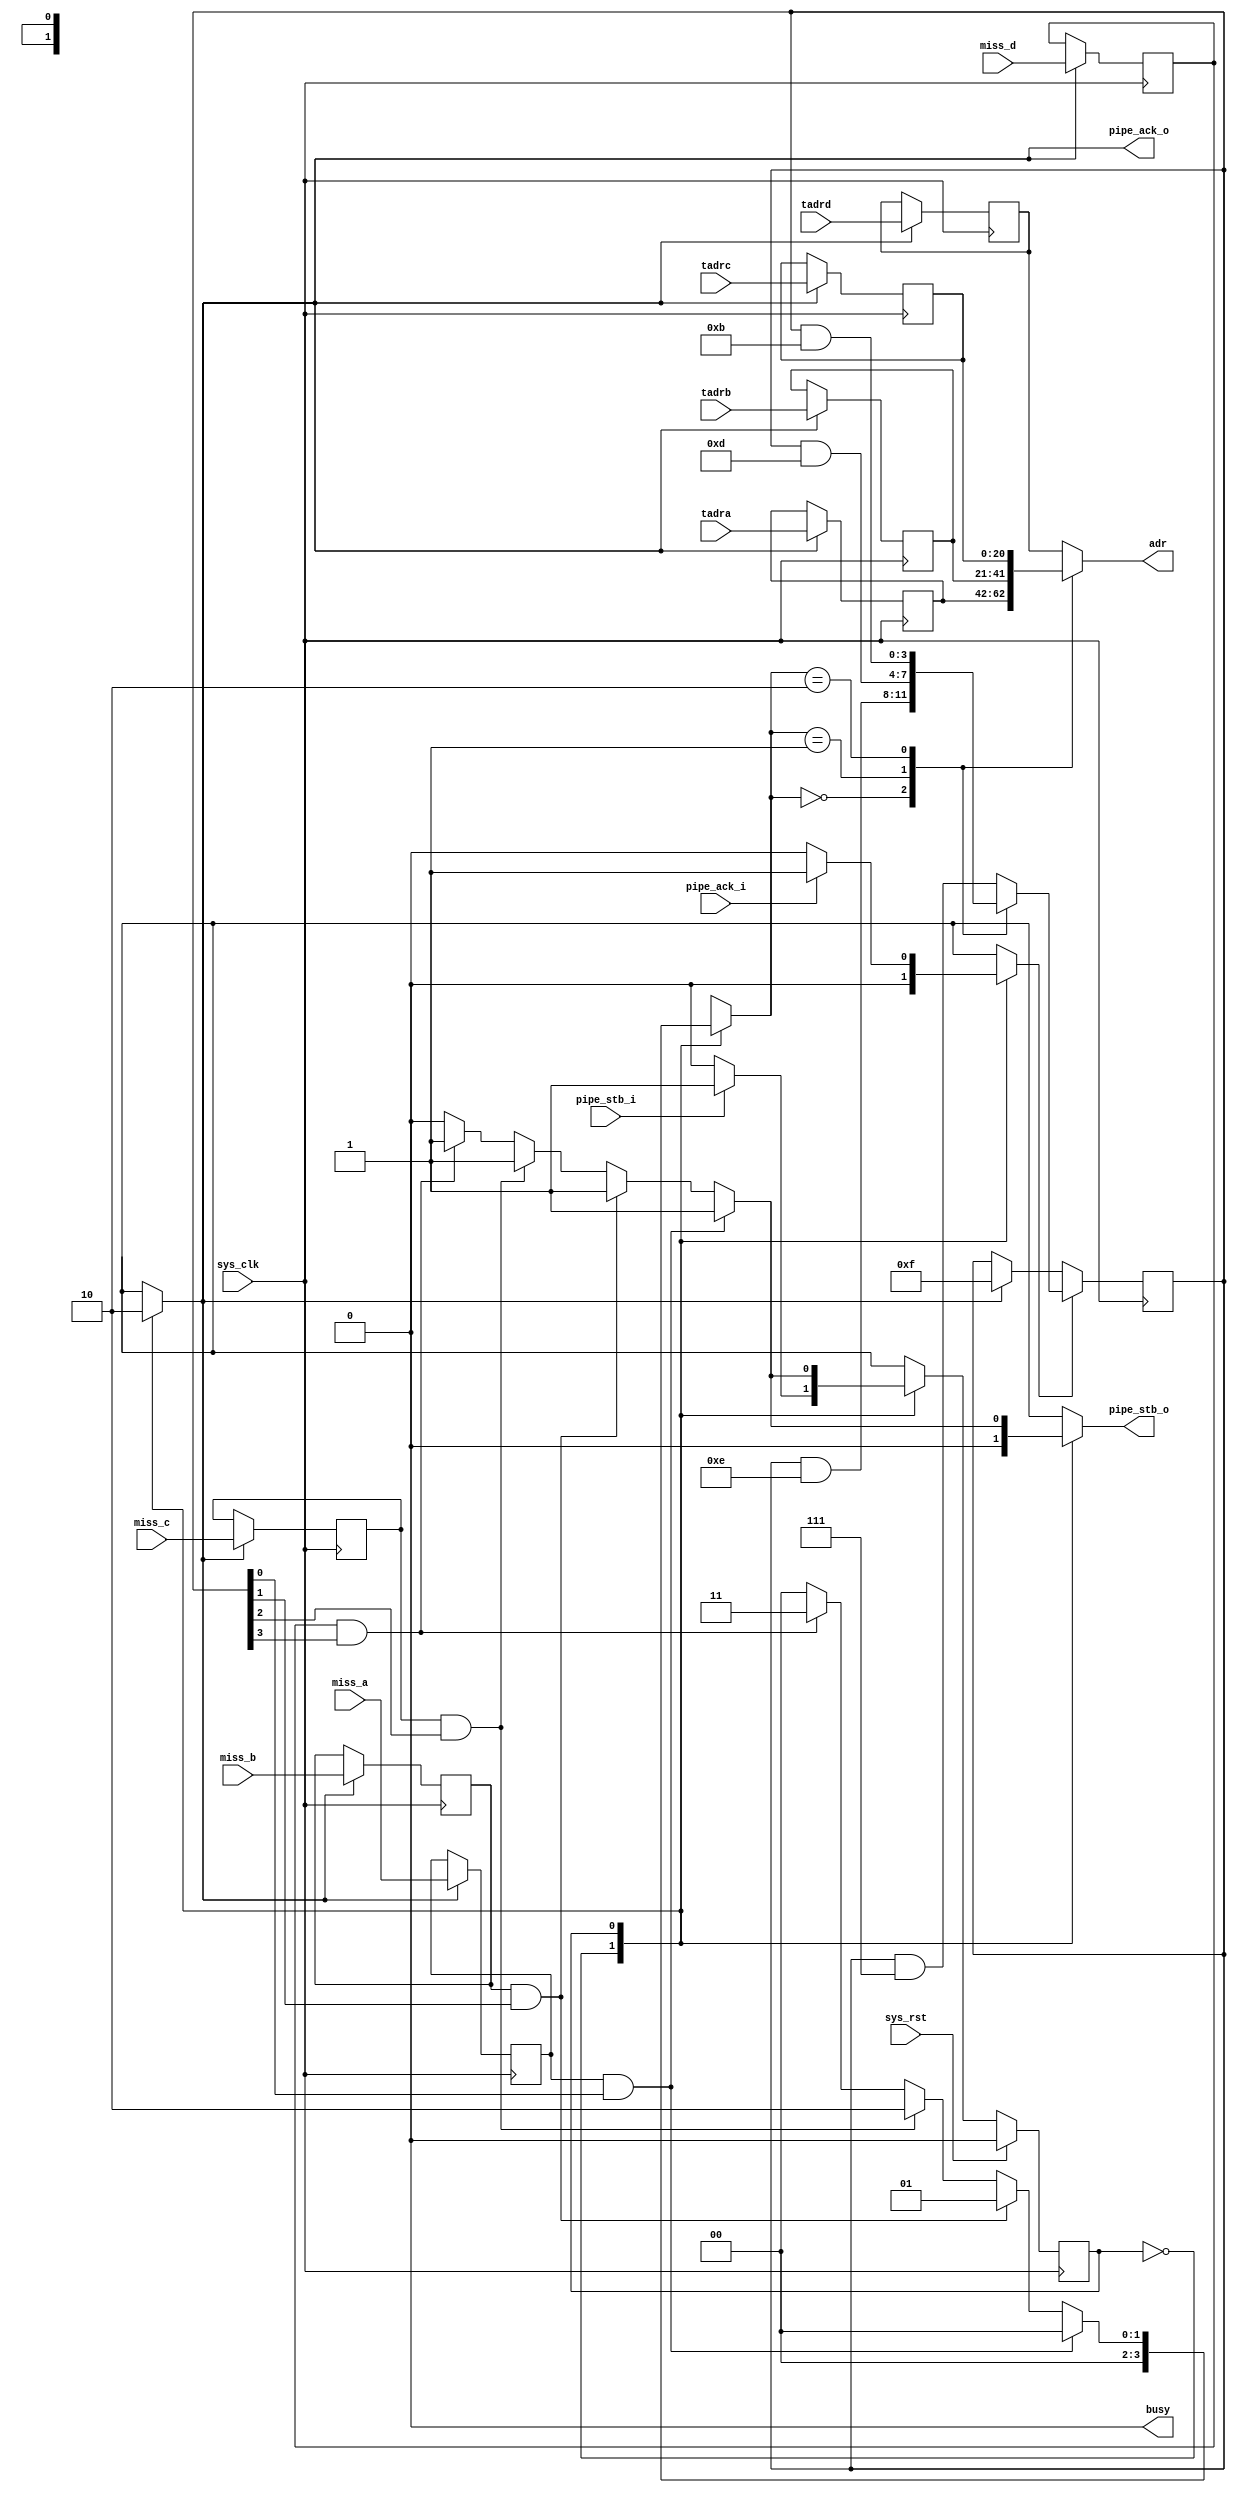
/*
 * Milkymist SoC
 * Copyright (C) 2007, 2008, 2009, 2010, 2011 Sebastien Bourdeauducq
 *
 * This program is free software: you can redistribute it and/or modify
 * it under the terms of the GNU General Public License as published by
 * the Free Software Foundation, version 3 of the License.
 *
 * This program is distributed in the hope that it will be useful,
 * but WITHOUT ANY WARRANTY; without even the implied warranty of
 * MERCHANTABILITY or FITNESS FOR A PARTICULAR PURPOSE.  See the
 * GNU General Public License for more details.
 *
 * You should have received a copy of the GNU General Public License
 * along with this program.  If not, see <http://www.gnu.org/licenses/>.
 */

module tmu2_serialize #(
	parameter fml_depth = 26
) (
	input sys_clk,
	input sys_rst,

	output reg busy,

	input pipe_stb_i,
	output reg pipe_ack_o,
	input [fml_depth-5-1:0] tadra,
	input [fml_depth-5-1:0] tadrb,
	input [fml_depth-5-1:0] tadrc,
	input [fml_depth-5-1:0] tadrd,
	input miss_a,
	input miss_b,
	input miss_c,
	input miss_d,
	
	output reg pipe_stb_o,
	input pipe_ack_i,
	output reg [fml_depth-5-1:0] adr
);

/* Input registers */
reg load_en;

reg [fml_depth-5-1:0] r_tadra;
reg [fml_depth-5-1:0] r_tadrb;
reg [fml_depth-5-1:0] r_tadrc;
reg [fml_depth-5-1:0] r_tadrd;
reg r_miss_a;
reg r_miss_b;
reg r_miss_c;
reg r_miss_d;

always @(posedge sys_clk) begin
	if(load_en) begin
		r_tadra <= tadra;
		r_tadrb <= tadrb;
		r_tadrc <= tadrc;
		r_tadrd <= tadrd;
		r_miss_a <= miss_a;
		r_miss_b <= miss_b;
		r_miss_c <= miss_c;
		r_miss_d <= miss_d;
	end
end

/* Output multiplexer */
reg [1:0] adr_sel;

always @(*) begin
	case(adr_sel)
		2'd0: adr = r_tadra;
		2'd1: adr = r_tadrb;
		2'd2: adr = r_tadrc;
		default: adr = r_tadrd;
	endcase
end

/* Miss mask */
reg [3:0] missmask;

reg missmask_init;
reg missmask_we;

always @(posedge sys_clk) begin
	if(missmask_init)
		missmask <= 4'b1111;
	if(missmask_we) begin
		case(adr_sel)
			2'd0: missmask <= missmask & 4'b1110;
			2'd1: missmask <= missmask & 4'b1101;
			2'd2: missmask <= missmask & 4'b1011;
			default: missmask <= missmask & 4'b0111;
		endcase
	end
end

/* Control logic */
reg state;
reg next_state;

parameter LOAD		= 1'b0;
parameter SERIALIZE	= 1'b1;

always @(posedge sys_clk) begin
	if(sys_rst)
		state <= LOAD;
	else
		state <= next_state;
end

always @(*) begin
	next_state = state;
	
	busy = 1'b0;
	pipe_ack_o = 1'b0;
	pipe_stb_o = 1'b0;
	
	load_en = 1'b0;
	adr_sel = 2'd0;
	missmask_init = 1'b0;
	missmask_we = 1'b0;
	
	case(state)
		LOAD: begin
			pipe_ack_o = 1'b1;
			load_en = 1'b1;
			missmask_init = 1'b1;
			if(pipe_stb_i)
				next_state = SERIALIZE;
		end
		SERIALIZE: begin
			pipe_stb_o = 1'b1;
			missmask_we = 1'b1;
			if(r_miss_a & missmask[0])
				adr_sel = 2'd0;
			else if(r_miss_b & missmask[1])
				adr_sel = 2'd1;
			else if(r_miss_c & missmask[2])
				adr_sel = 2'd2;
			else if(r_miss_d & missmask[3])
				adr_sel = 2'd3;
			else begin
				pipe_stb_o = 1'b0;
				next_state = LOAD;
			end
			if(~pipe_ack_i)
				missmask_we = 1'b0;
		end
	endcase
end

endmodule